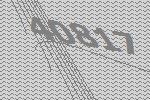
40817